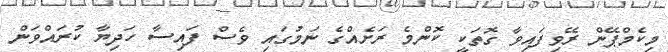
މިކެމްޕޭން ރޭވިފައިވާ ގޮތަކީ ކޮންމެ ރަށެއްގެ ނަމުގައި ވެސް ފައިސާ ހަދިޔާ ކުރައްވަން